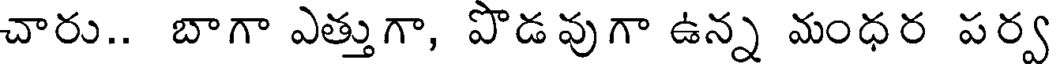
చారు.. బాగా ఎత్తుగా, పొడవుగా ఉన్న మంధర పర్వ